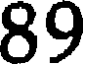
89